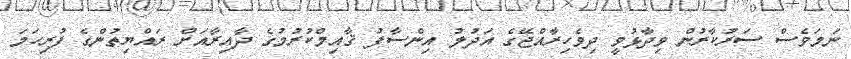
ނަމަވެސް ސަރުކާރުން ވިދާޅުވީ ދިވެހިރާއްޖޭގެ އަދުލު އިންސާފު ޤާއިމްކުރުމުގެ ދާއިރާއަށް ރައްޔިތުންގެ ފުރިހަމަ